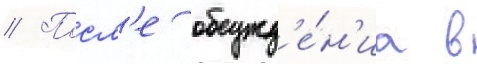
// Посл'е обсужд'е́н'иа в